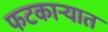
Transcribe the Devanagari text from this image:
फटकाऱ्यात